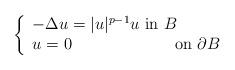
LaTeX: \begin{align*}\left\{\begin{array}{lr}-\Delta u= |u|^{p-1}u \mbox{ in }B\\u=0\qquad\qquad\qquad\mbox{ on }\partial B\end{array}\right.\end{align*}